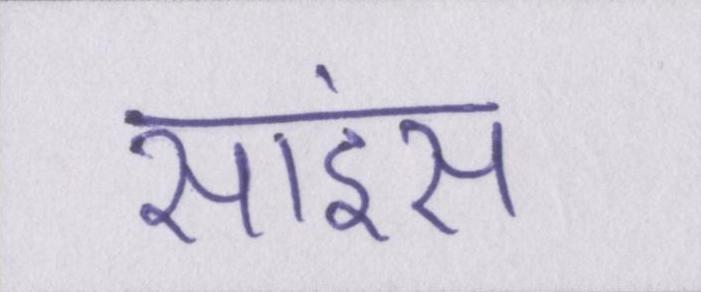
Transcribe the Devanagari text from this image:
साइंस